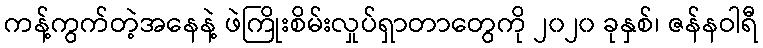
ကန့်ကွက်တဲ့အနေနဲ့ ဖဲကြိုးစိမ်းလှုပ်ရှာတာတွေကို ၂၀၂၀ ခုနှစ်၊ ဇန်နဝါရီ